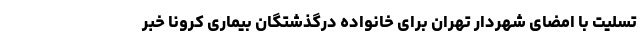
تسلیت با امضای شهردار تهران برای خانواده درگذشتگان بیماری کرونا خبر